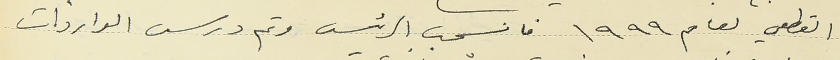
القطعي لعام ١٩٩٩ فانسحب الرئيس وتم درس الواردات